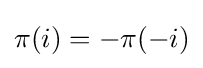
\pi (i)=-\pi (-i)